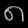
Digit: ၈